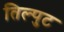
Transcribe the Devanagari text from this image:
तिल्पुट